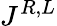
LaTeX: J^{R,L}